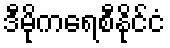
ဒီမိုကရေစီနိုင်ငံ